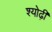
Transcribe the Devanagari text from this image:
श्योढ़ी